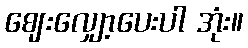
ဈေးလျှော့ပေးပါ အုံး။